Report of an investigation into the causes of the diseases known in Assam as Kála-Azár and Beri-Beri
Disease focus: Beri-Beri
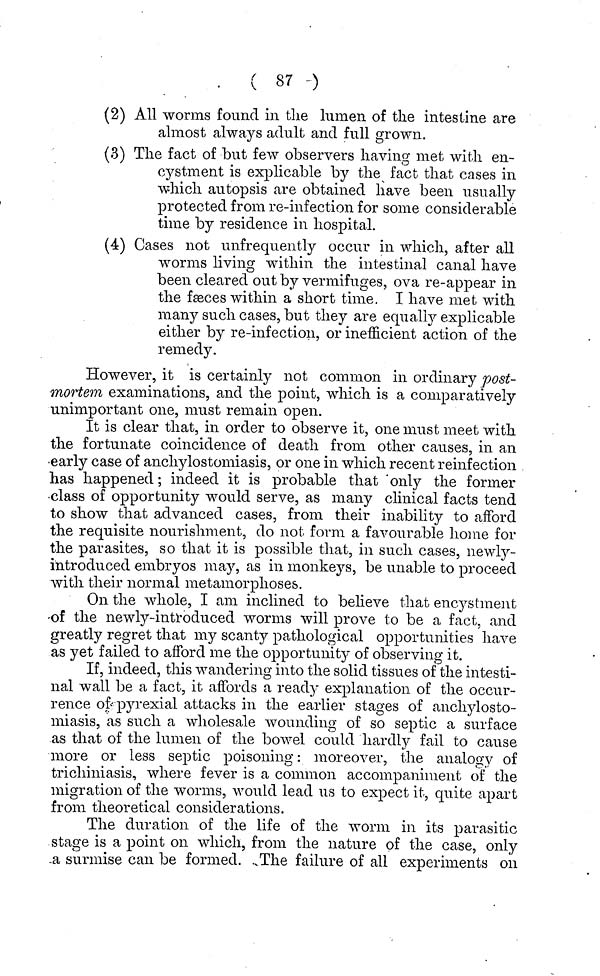
( 87 )
(2) All worms found in tlie lumen of the intestine are
almost always adult and full grown.
(3) The fact of but few observers having met with en-
cystment is explicable by the fact that cases in
which autopsis are obtained have been usually
protected from re-infection for some considerable
time by residence in hospital.
(4) Oases not ^infrequently occur in which, after all
worms living within the intestinal canal have
been cleared out by vermifuges, ova re-appear in
the fasces within a short time. I have met with
many such cases, but they are equally explicable
either by re-infection, or inefficient action of the
remedy.
However, it is certainly not common in ordinary post-
mortem examinations, and the point, which is a comparatively
unimportant one, must remain open.
It is clear that, in order to observe it, one must meet with
the fortunate coincidence of death from other causes, in an
early case of anchylostomiasis, or one in which recent reinfection
has happened; indeed it is probable that 'only the former
class of opportunity would serve, as many clinical facts tend
to show that advanced cases, from their inability to afford
the requisite nourishment, do not form a favourable home for
the parasites, so that it is possible that, in such cases, newly-
introduced embryos may, as in monkeys, be unable to proceed
with their normal metamorphoses.
On the whole, I am inclined to believe that encystmeiit
of the newly-introduced worms will prove to be a fact, and
greatly regret that my scanty pathological opportunities have
as yet failed to afford me the opportunity of observing it.
If, indeed, this wandering into the solid tissues of the intesti-
nal wall be a fact, it affords a read)' explanation of the occur-
rence of pyrexial attacks in the earlier stages of anchylosto-
miasis, as such a wholesale wounding of so septic a surface
as that of the lumen of the bowel could hardly fail to cause
more or less septic poisoning: moreover, the analogy of
trichiniasis, where fever is a common accompaniment of the
migration of the worms, would lead us to expect it, quite apart
from theoretical considerations.
The duration of the life of the worm in its parasitic
stage is a point on which, from the nature of the case, only
a surmise can be formed. The failure of all experiments on